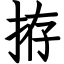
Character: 拵